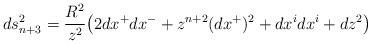
LaTeX: \begin{align*}ds^2_{n+3}=\frac{R^2}{z^2}\big(2dx^+dx^- +z^{n+2}(dx^+)^2+dx^idx^i +dz^2\big)\end{align*}